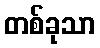
တစ်ခုသာ